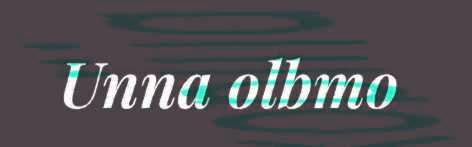
Unna olbmo